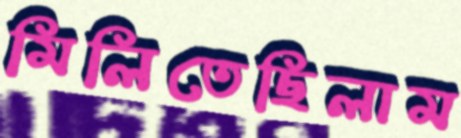
মিলিতেছিলাম